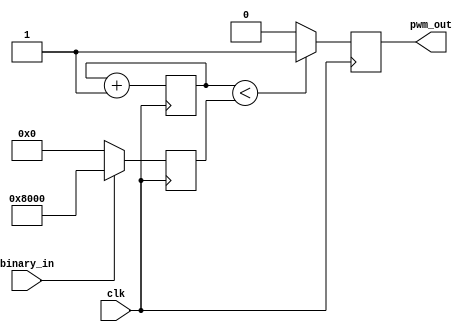
module alarm(
    input wire clk,         // System clock
    input wire binary_in,   // 1-bit binary input
    output reg pwm_out      // PWM output for sound signal
);

    reg [15:0] counter;     // 16-bit counter for PWM generation
    reg [15:0] threshold;   // Threshold for PWM comparison

    always @(posedge clk) begin
        counter <= counter + 1;
        if (binary_in == 1'b1) begin
            threshold <= 16'd32768;  // Set threshold to 1/2 of the counter's max value
        end else begin
            threshold <= 16'd0;  // Set threshold to 1/2 of the counter's max value
        end
    end

    always @(posedge clk) begin
        if (counter < threshold) begin
            pwm_out <= 1;
        end else begin
            pwm_out <= 0;
        end
    end

endmodule